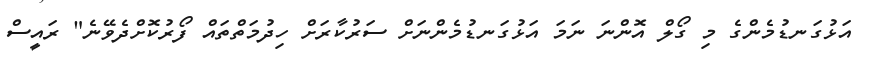
އަޅުގަނޑުމެންގެ މި ގޯލް އޮންނަ ނަމަ އަޅުގަނޑުމެންނަށް ސަރުކާރަށް ހިދުމަތްތައް ފޯރުކޮށްދެވޭނެ" ރައީީސް